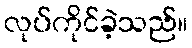
လုပ်ကိုင်ခဲ့သည်။